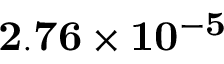
\mathbf { 2 . 7 6 \times 1 0 ^ { - 5 } }